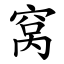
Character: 窝